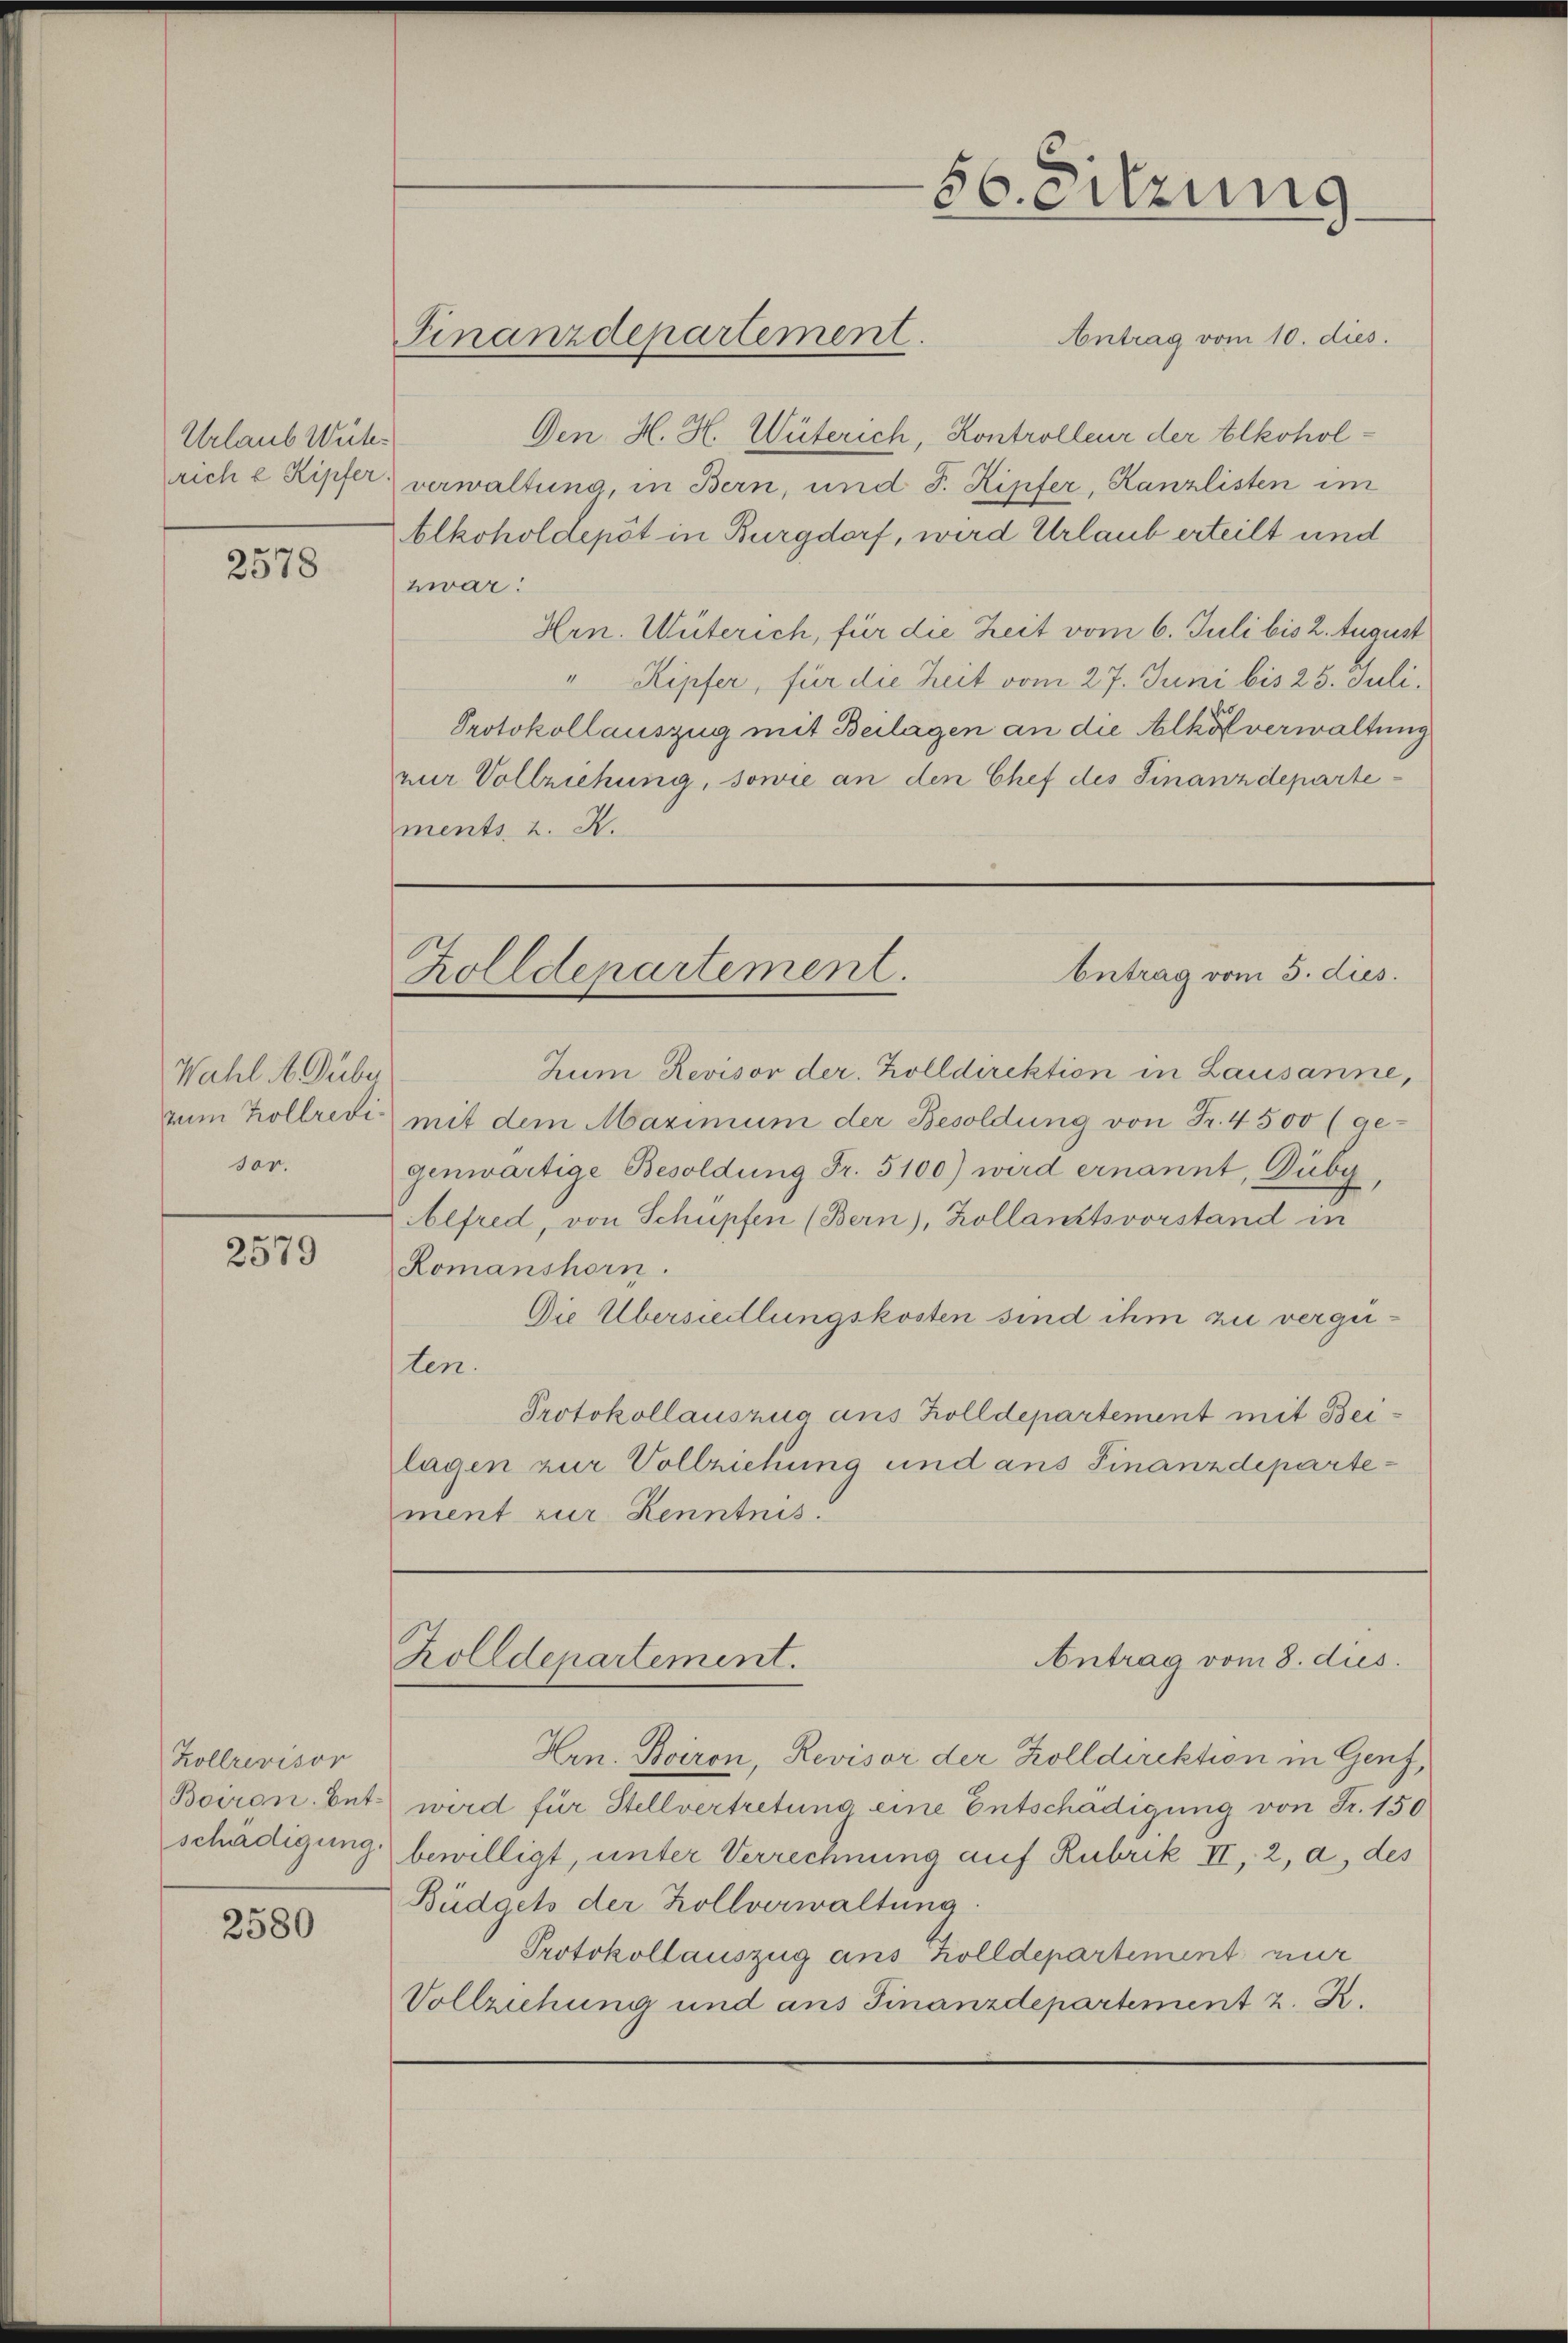
Urlaub Weiter

2578

Wahl M Dübe
sor.

2579

Kollrevisor

2580

Den H. H. Wüterich, Kontrolleur der Alkoholrich 2 Ripfer verwaltung, in Bern, und F. Kipfer, Kanzlisten im
Alkoholdepot in Burgdorf, wird Urlaub erteilt und
zwar:
Hrn. Wüterich, für die Zeit vom 6. Juli bis 2. August
"Ripfer, für die Zeit vom 27. Juni bis 25. Juli.
Protokollauszug mit Beilagen an die Alkofverwaltung
zur Vollziehung, sowie an den Chef des Finanzdeparte
ments z. K.

56 errung
Finanzdepartement.
Antrag vom 10. dies.

Zolldepartement.
betrag vom 5. dies.

Zolldepartement.

Zum Revisor der Zolldirektion in Lausanne,
vom Hollredi mit dem Maximum der Besoldung von Fr. 4500 (gegenwärtige Besoldung Fr. 5100) wird ernannt, Güby,
Alfred, von Schüpfen (Bern), Kollantsvorstand in
Romanshorn.
Die Übersiedlungskosten sind ihm zu vergüsten.
Protokollauszug aus Zolldepartement mit Beilagen zur Vollziehung und ans Finanzdepartement zur Kenntnis.

Antrag vom 8. dies.

Hrn. Boiron, Revisor der Zolldirektion in Genf,
Boiron bet wird für Stellvertretung eine Entschädigung von Fr. 150
schädigung bewilligt, unter Verrechnung auf Rubrik II, 2, a, des
Büdgets der Zollverwaltung.
Protokollauszug aus Zolldepartement nur
Vollziehung und aus Finanzdepartement z. R.